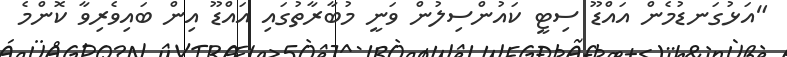
"އަޅުގަނޑުމެން އައްޑޫ ސިޓީ ކައުންސިލުން ވަނީ މުބާރާތުގައި އައްޑޫ އިން ބައިވެރިވާ ކޮންމެ